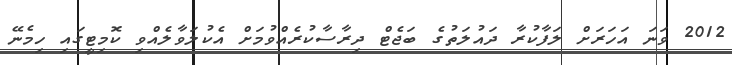
2012 ވަނަ އަހަރަށް ލަފާކުރާ ދައުލަތުގެ ބަޖެޓް ދިރާސާކުރެއްވުމަށް އެކުލަވާލެއްވި ކޮމިޓީގައި ހިމެނޭ